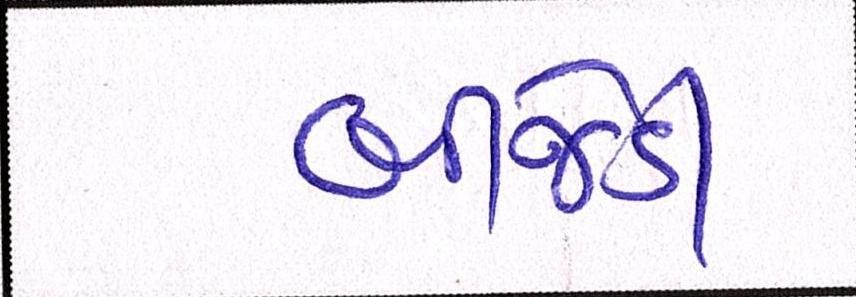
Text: બીજેડી